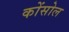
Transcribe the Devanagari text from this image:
कोंसोल